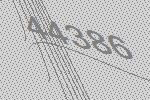
44386